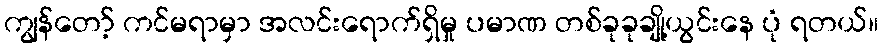
ကျွန်တော့် ကင်မရာမှာ အလင်းရောက်ရှိမှု ပမာဏ တစ်ခုခုချို့ယွင်းနေ ပုံ ရတယ်။